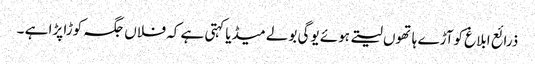
ذرائع ابلاغ کوآڑے ہاتھوں لیتے ہوئے یوگی بولے میڈیا کہتی ہے کہ فلاں جگہ کوڑا پڑا ہے ۔